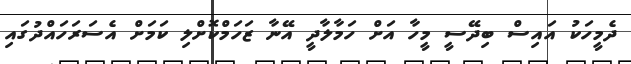
ދެމީހަކު އައިސް ބިދޭސީ މީހާ އަށް ހަމާލާދީ އޭނާ ޒަހަމްކޮށްލި ކަމަށް އެސަރަހައްދުގައި